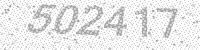
Solution: 502417